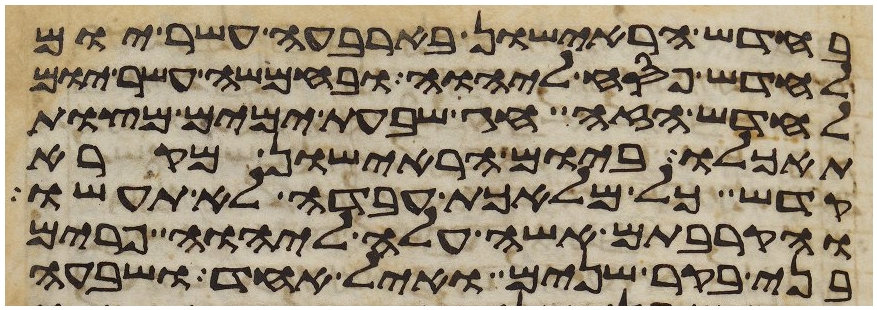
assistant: בחדש הראישון בארבעה עשר יום
לחדש פסח ליהוה ובחמשה עשר יום
לחדש הזה חג שבעת ימים מצות
תאכלו ביום הראישון מקרא
קדש כל מלאכת עבדה לא תעשו
והקרבתם אשה עלה ליהוה פרים
בני בקר שנים ואיל אחד ושבעה